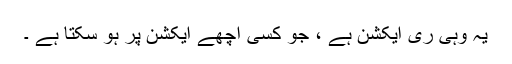
یہ وہی ری ایکشن ہے ، جو کسی اچھے ایکشن پر ہو سکتا ہے ۔